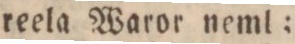
reela Waror neml: